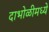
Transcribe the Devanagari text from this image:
दाभोळीमध्ये